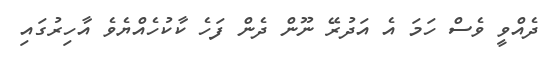
ދެއްވީ ވެސް ހަމަ އެ އަދުރޭ ނޫން ދެން ފަހެ ކާކުހެއްޔެވެ އާހިރުގައި